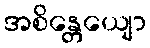
အစိန္တေယျော